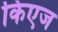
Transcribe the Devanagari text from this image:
किएज